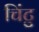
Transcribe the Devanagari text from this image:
चिंटु